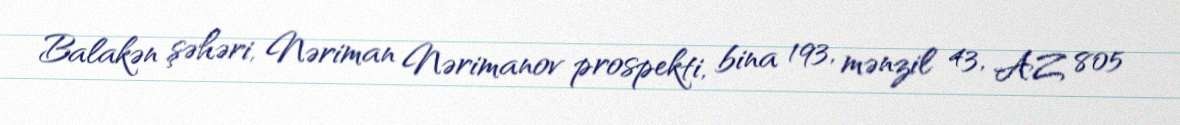
Balakən şəhəri, Nəriman Nərimanov prospekti, bina 193, mənzil 43, AZ 805